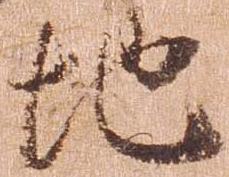
地